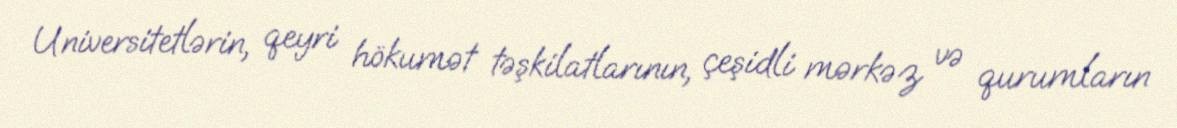
Universitetlərin, qeyri hökumət təşkilatlarının, çeşidli mərkəz və qurumların